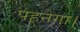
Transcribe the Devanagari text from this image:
पहनेगा।